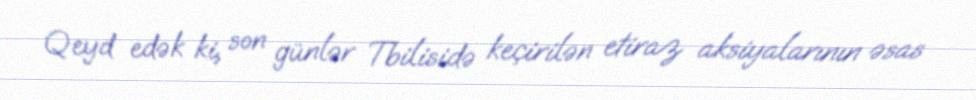
Qeyd edək ki, son günlər Tbilisidə keçirilən etiraz aksiyalarının əsas